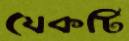
যেকটি